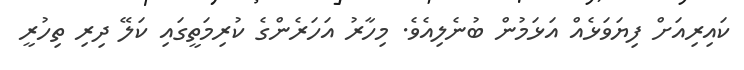
ކައިރިއަށް ފިޔަވަޅެއް އަޅަމުން ބުނެލިއެވެ. މިހާރު އަހަރެންގެ ކުރިމަތީގައި ކަލޭ ދިރި ތިހުރީ